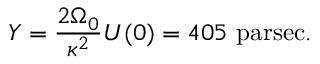
Y = { \frac { 2 \Omega _ { 0 } } { \kappa ^ { 2 } } } U ( 0 ) = 4 0 5 { \mathrm { ~ p a r s e c } } .